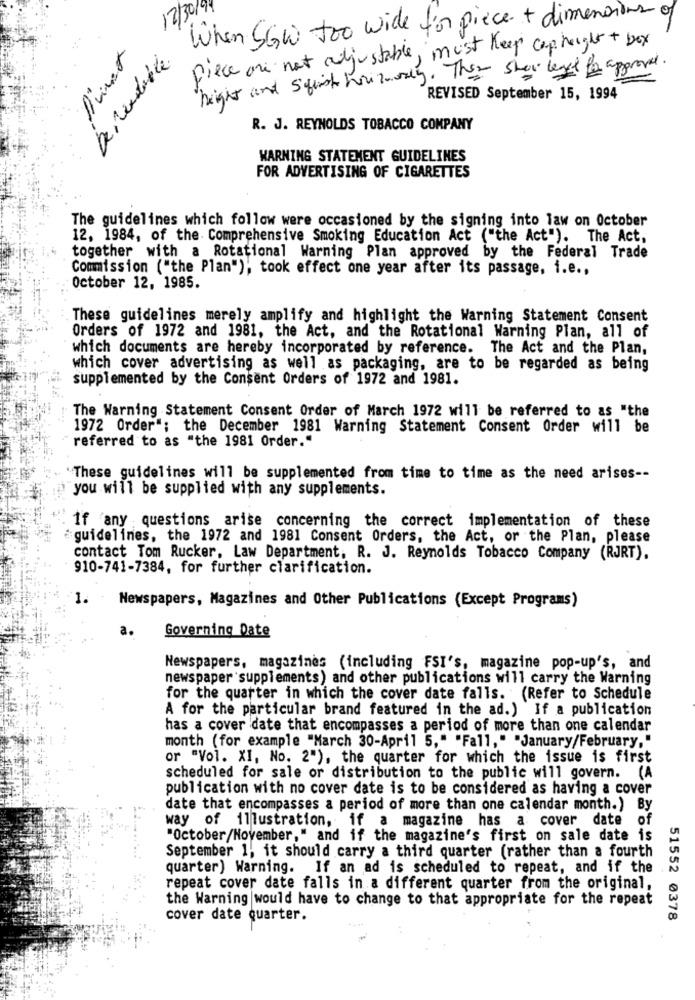
12/30/99
When SGW too wide for piece + dimensions of
Piece or not adjustable, must Keep cap height + box
De Readable
height and squish hourmuy. They show leget for approval .
REVISED September 15, 1994
R. J. REYNOLDS TOBACCO COMPANY
WARNING STATEMENT GUIDELINES
FOR ADVERTISING OF CIGARETTES
The guidelines which follow were occasioned by the signing into law on October
12, 1984, of the Comprehensive Smoking Education Act ("the Act"). The Act,
together with a Rotational Warning Plan approved by the Federal Trade
Commission ("the Plan"), took effect one year after its passage, i.e .,
October 12, 1985.
These guidelines merely amplify and highlight the Warning Statement Consent
Orders of 1972 and 1981, the Act, and the Rotational Warning Plan, all of
which documents are hereby incorporated by reference. The Act and the Plan,
which cover advertising as well as packaging, are to be regarded as being
supplemented by the Consent Orders of 1972 and 1981.
The Warning Statement Consent Order of March 1972 will be referred to as "the
1972 Order"; the December 1981 Warning Statement Consent Order will be
referred to as "the 1981 Order."
These guidelines will be supplemented from time to time as the need arises --
you will be supplied with any supplements.
If any questions arise concerning the correct implementation of these
guidelines, the 1972 and 1981 Consent Orders, the Act, or the Plan, please
contact Tom Rucker, Law Department, R. J. Reynolds Tobacco Company (RJRT),
910-741-7384, for further clarification.
1.
Newspapers, Magazines and Other Publications (Except Programs)
a.
Governing Date
Newspapers, magazines (including FSI's, magazine pop-up's, and
newspaper supplements) and other publications will carry the Warning
for the quarter in which the cover date falls. (Refer to Schedule
A for the particular brand featured in the ad.) If a publication
has a cover date that encompasses a period of more than one calendar
month (for example "March 30-April 5," "Fall," "January/February,"
or "Vol. XI, No. 2"), the quarter for which the issue is first
scheduled for sale or distribution to the public will govern. (A
publication with no cover date is to be considered as having a cover
date that encompasses a period of more than one calendar month.) By
way of illustration, if a magazine has a cover date
"October/November," and if the magazine's first on sale date is
September 1, it should carry a third quarter (rather than a fourth
quarter) Warning. If an ad is scheduled to repeat, and if the
repeat cover date falls in a different quarter from the original,
the Warning would have to change to that appropriate for the repeat
cover date quarter.
51552 0378